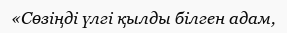
«Сөзіңді үлгі қылды білген адам,